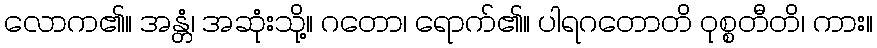
လောက၏။ အန္တံ၊ အဆုံးသို့။ ဂတော၊ ရောက်၏။ ပါရဂတောတိ ဝုစ္စတီတိ၊ ကား။